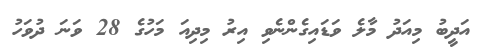
އަދީބު މިއަދު މާލެ ވަޑައިގެންނެވި އިރު މިދިއަ މަހުގެ 28 ވަނަ ދުވަހު